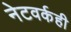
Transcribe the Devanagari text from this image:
नेटवर्कही